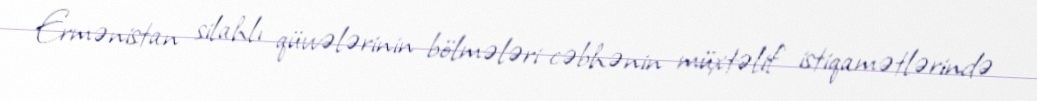
Ermənistan silahlı qüvvələrinin bölmələri cəbhənin müxtəlif istiqamətlərində